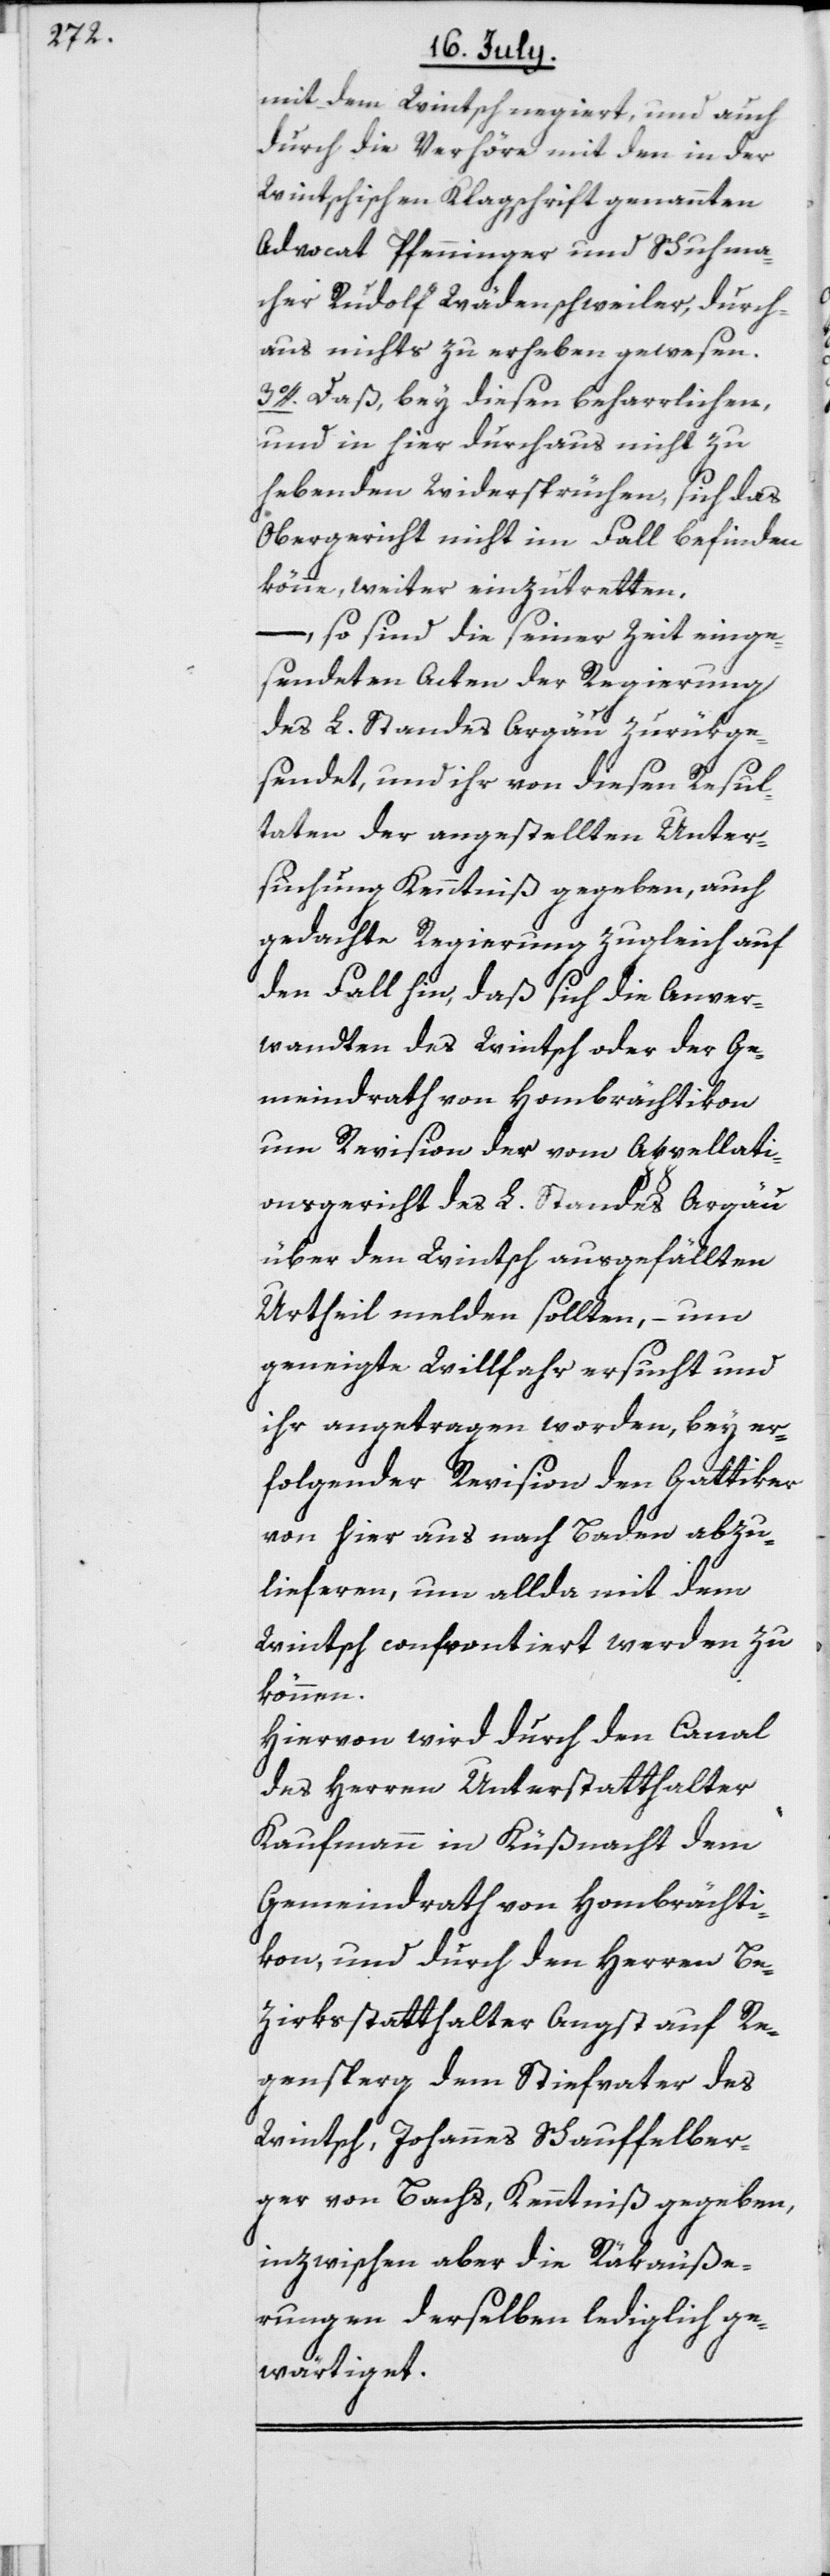
mit dem Wintsch negiert, und auch
durch die Verhöre mit den in der
Wintschischen Klagschrift genannten
Advocat Pfenninger und Schuhma¬
cher Rudolf Wädenschweiler, durch¬
aus nichts zu erheben gewesen.
3o. Daß, bey diesen beharrlichen,
und in hier durchaus nicht zu
hebenden Widerspüchen, sich das
Obergericht nicht im Fall befinden
könne, weiter einzutretten,
–, so sind die seiner Zeit einge¬
sendeten Acten der Regierung
des L. Standes Argau zurükge¬
sendet, und ihr von diesen Resul¬
taten der angestellten Unter¬
suchung Kenntniß gegeben, auch
gedachte Regierung zugleich auf
den Fall hin, daß sich die Anver¬
wandten des Wintsch oder der Ge¬
meindrath von Hombrächtikon
um Revision des vom Appellati¬
onsgericht des L. Standes Argau
über den Wintsch ausgefällten
Urtheil melden sollten, – um
geneigte Willfahr ersucht und
ihr angetragen worden, bey er¬
folgender Revision den Gattiker
von hier aus nach Baden abzu¬
lieferen, um allda mit dem
Wintsch confrontiert werden zu
können.
Hiervon wird durch den Canal
des Herren Unterstatthalter
Kaufmann in Küßnacht dem
Gemeindrath von Hombrächti¬
kon, und durch den Herren Be¬
zirksstatthalter Angst auf Re¬
gensperg dem Stiefvater des
Wintsch, Johannes Schauffelber¬
ger von Bachs, Kenntniß gegeben,
inzwischen aber die Rükäuße¬
rungen derselben lediglich ge¬
wärtiget.